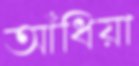
আঁধিয়া